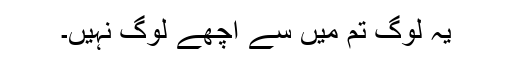
یہ لوگ تم میں سے اچھے لوگ نہیں۔